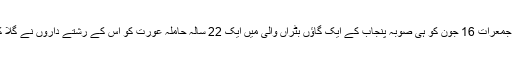
ان جرائم کے بعد ابھی جمعرات 16 جون کو ہی صوبہ پنجاب کے ایک گاؤں بٹراں والی میں ایک 22 سالہ حاملہ عورت کو اس کے رشتے داروں نے گلا کاٹ کر قتل کر دیا تھا۔